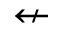
\nleftarrow